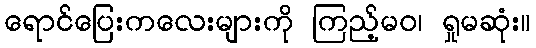
ရောင်ပြေးကလေးများကို ကြည့်မဝ၊ ရှုမဆုံး။